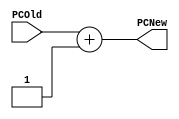
`timescale 1ns / 1ps

module PCAdder(
    input [31:0] PCOld,
    output [31:0] PCNew
    );
    
    assign PCNew = PCOld + 1;
endmodule